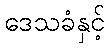
ဒေသခံနှင့်